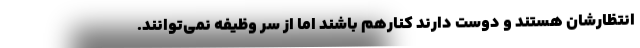
انتظارشان هستند و دوست دارند کنارهم باشند اما از سر وظیفه نمی‌توانند.